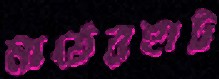
মাঠেরহাট